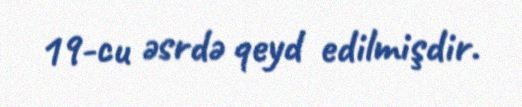
19-cu əsrdə qeyd edilmişdir.